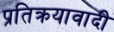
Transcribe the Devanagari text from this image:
प्रतिक्रयावादी